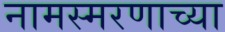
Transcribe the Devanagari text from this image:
नामस्मरणाच्या